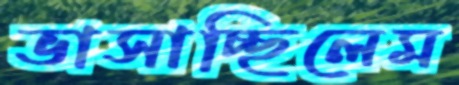
ভাসাচ্ছিলেম